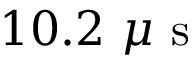
1 0 . 2 ~ \mu \mathrm { ~ s ~ }